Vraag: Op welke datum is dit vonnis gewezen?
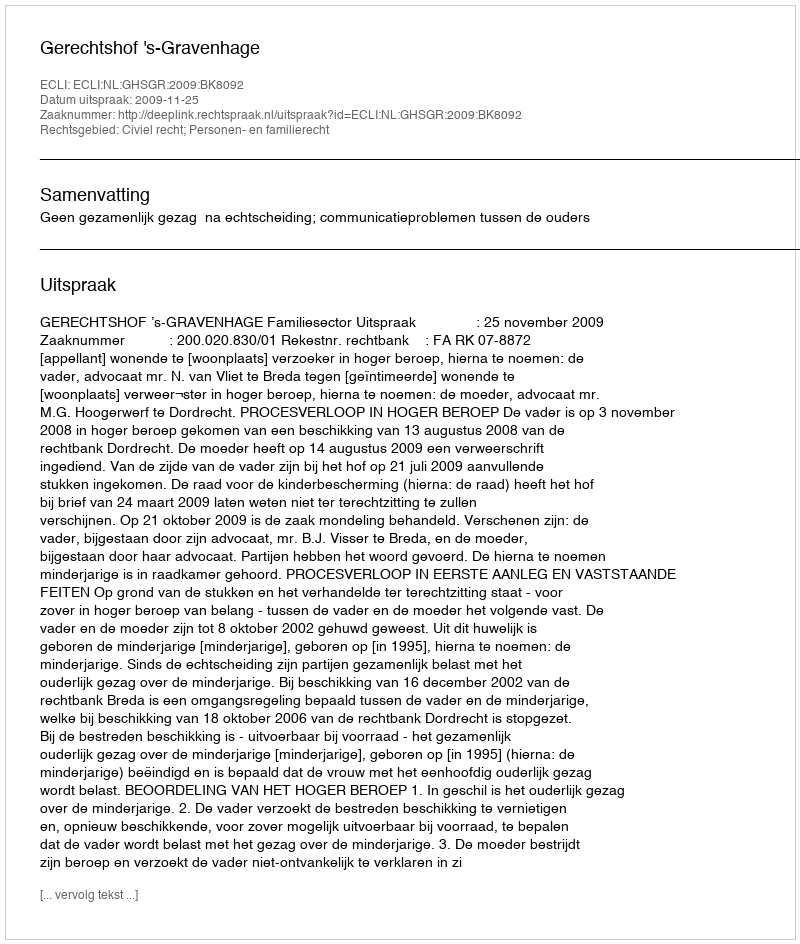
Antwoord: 2009-11-25